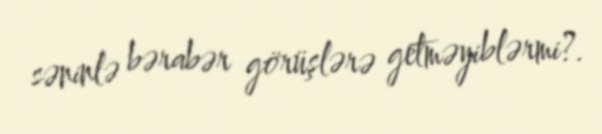
səninlə bərabər görüşlərə getməyiblərmi?.